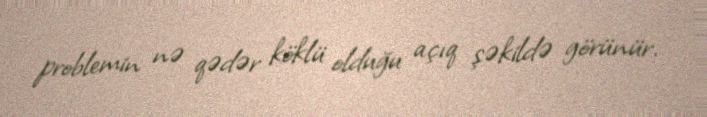
problemin nə qədər köklü olduğu açıq şəkildə görünür.